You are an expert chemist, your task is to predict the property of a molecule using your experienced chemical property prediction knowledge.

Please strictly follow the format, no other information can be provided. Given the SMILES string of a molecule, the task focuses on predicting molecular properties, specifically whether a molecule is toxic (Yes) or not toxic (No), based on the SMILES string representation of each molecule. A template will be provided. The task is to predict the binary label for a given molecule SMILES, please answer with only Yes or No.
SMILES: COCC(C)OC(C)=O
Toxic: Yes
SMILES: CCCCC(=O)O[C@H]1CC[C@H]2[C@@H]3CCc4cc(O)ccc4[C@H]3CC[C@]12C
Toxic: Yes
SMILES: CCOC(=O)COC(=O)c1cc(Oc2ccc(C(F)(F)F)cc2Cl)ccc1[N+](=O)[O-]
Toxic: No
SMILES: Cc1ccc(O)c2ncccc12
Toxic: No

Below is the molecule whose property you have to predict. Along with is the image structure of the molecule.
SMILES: Cc1c([N+](=O)[O-])cc2c(c1[N+](=O)[O-])C(C)(C)CC2(C)C
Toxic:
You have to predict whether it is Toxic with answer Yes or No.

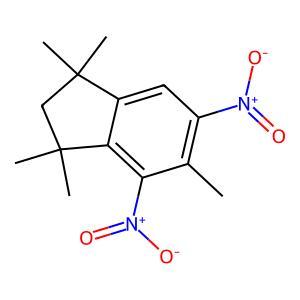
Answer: No